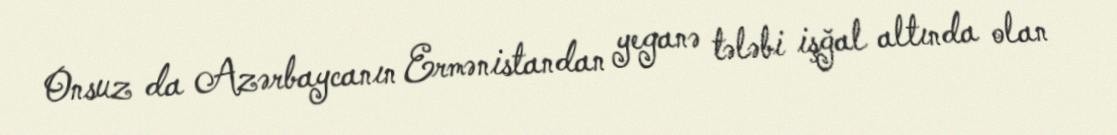
Onsuz da Azərbaycanın Ermənistandan yeganə tələbi işğal altında olan